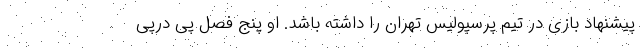
پیشنهاد بازی در تیم پرسپولیس تهران را داشته باشد. او پنج فصل پی درپی